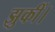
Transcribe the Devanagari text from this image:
झुकीं।